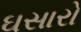
ઘસારો